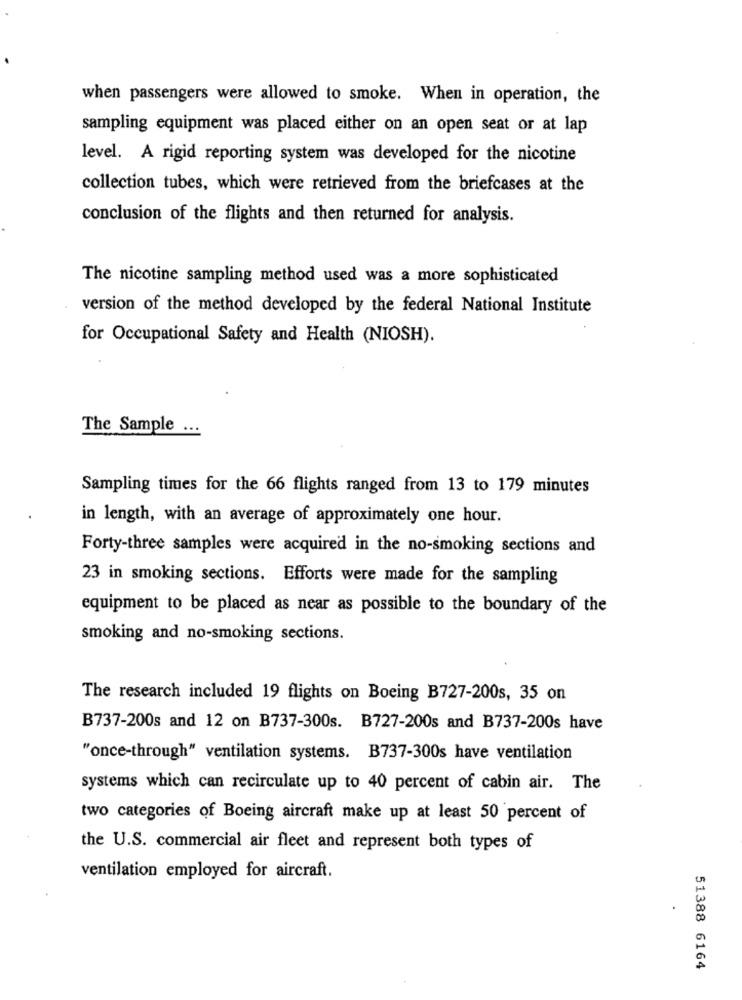
when passengers were allowed to smoke. When in operation, the
sampling equipment was placed either on an open seat or at lap
level. A rigid reporting system was developed for the nicotine
collection tubes, which were retrieved from the briefcases at the
conclusion of the flights and then returned for analysis.
The nicotine sampling method used was a more sophisticated
version of the method developed by the federal National Institute
for Occupational Safety and Health (NIOSH).
The Sample ...
Sampling times for the 66 flights ranged from 13 to 179 minutes
in length, with an average of approximately one hour.
Forty-three samples were acquired in the no-smoking sections and
23 in smoking sections. Efforts were made for the sampling
equipment to be placed as near as possible to the boundary of the
smoking and no-smoking sections.
The research included 19 flights on Boeing B727-200s, 35 on
B737-200s and 12 on B737-300s. B727-200s and B737-200s have
"once-through" ventilation systems. B737-300s have ventilation
systems which can recirculate up to 40 percent of cabin air. The
two categories of Boeing aircraft make up at least 50 percent of
the U.S. commercial air fleet and represent both types of
ventilation employed for aircraft.
51388 6164